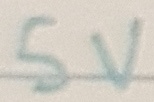
Text: 5V